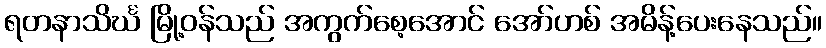
ရတနာသိင်္ဃ မြို့ဝန်သည် အကွက်စေ့အောင် အော်ဟစ် အမိန့်ပေးနေသည်။